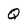
Character: Q